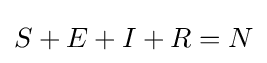
S+E+I+R=N